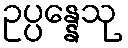
ဥပ္ပန္နေသု